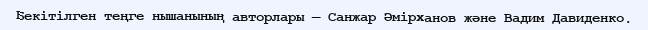
Бекітілген теңге нышанының авторлары — Санжар Әмірханов және Вадим Давиденко.